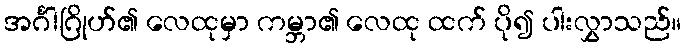
အင်္ဂါဂြိုဟ်၏ လေထုမှာ ကမ္ဘာ၏ လေထု ထက် ပို၍ ပါးလွှာသည်။